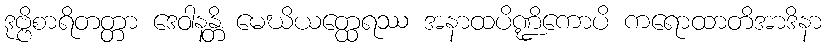
ဒုဗ္ဗိစာရိတတ္တာ ဒေဝါနန္တိ မေဃိယတ္ထေရဿ အနာထပိဏ္ဍိကောပိ ကရောထာတိအာဒိနာ